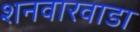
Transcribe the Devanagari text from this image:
शनवारवाडा